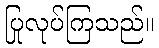
ပြုလုပ်ကြသည်။